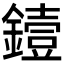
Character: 𬬅